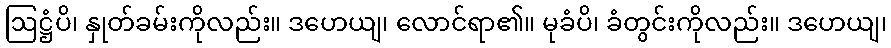
ဩဋ္ဌံပိ၊ နှုတ်ခမ်းကိုလည်း။ ဒဟေယျ၊ လောင်ရာ၏။ မုခံပိ၊ ခံတွင်းကိုလည်း။ ဒဟေယျ၊